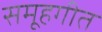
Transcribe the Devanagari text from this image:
समूहगीत